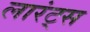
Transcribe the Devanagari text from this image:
लारंट्स